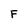
Character: F